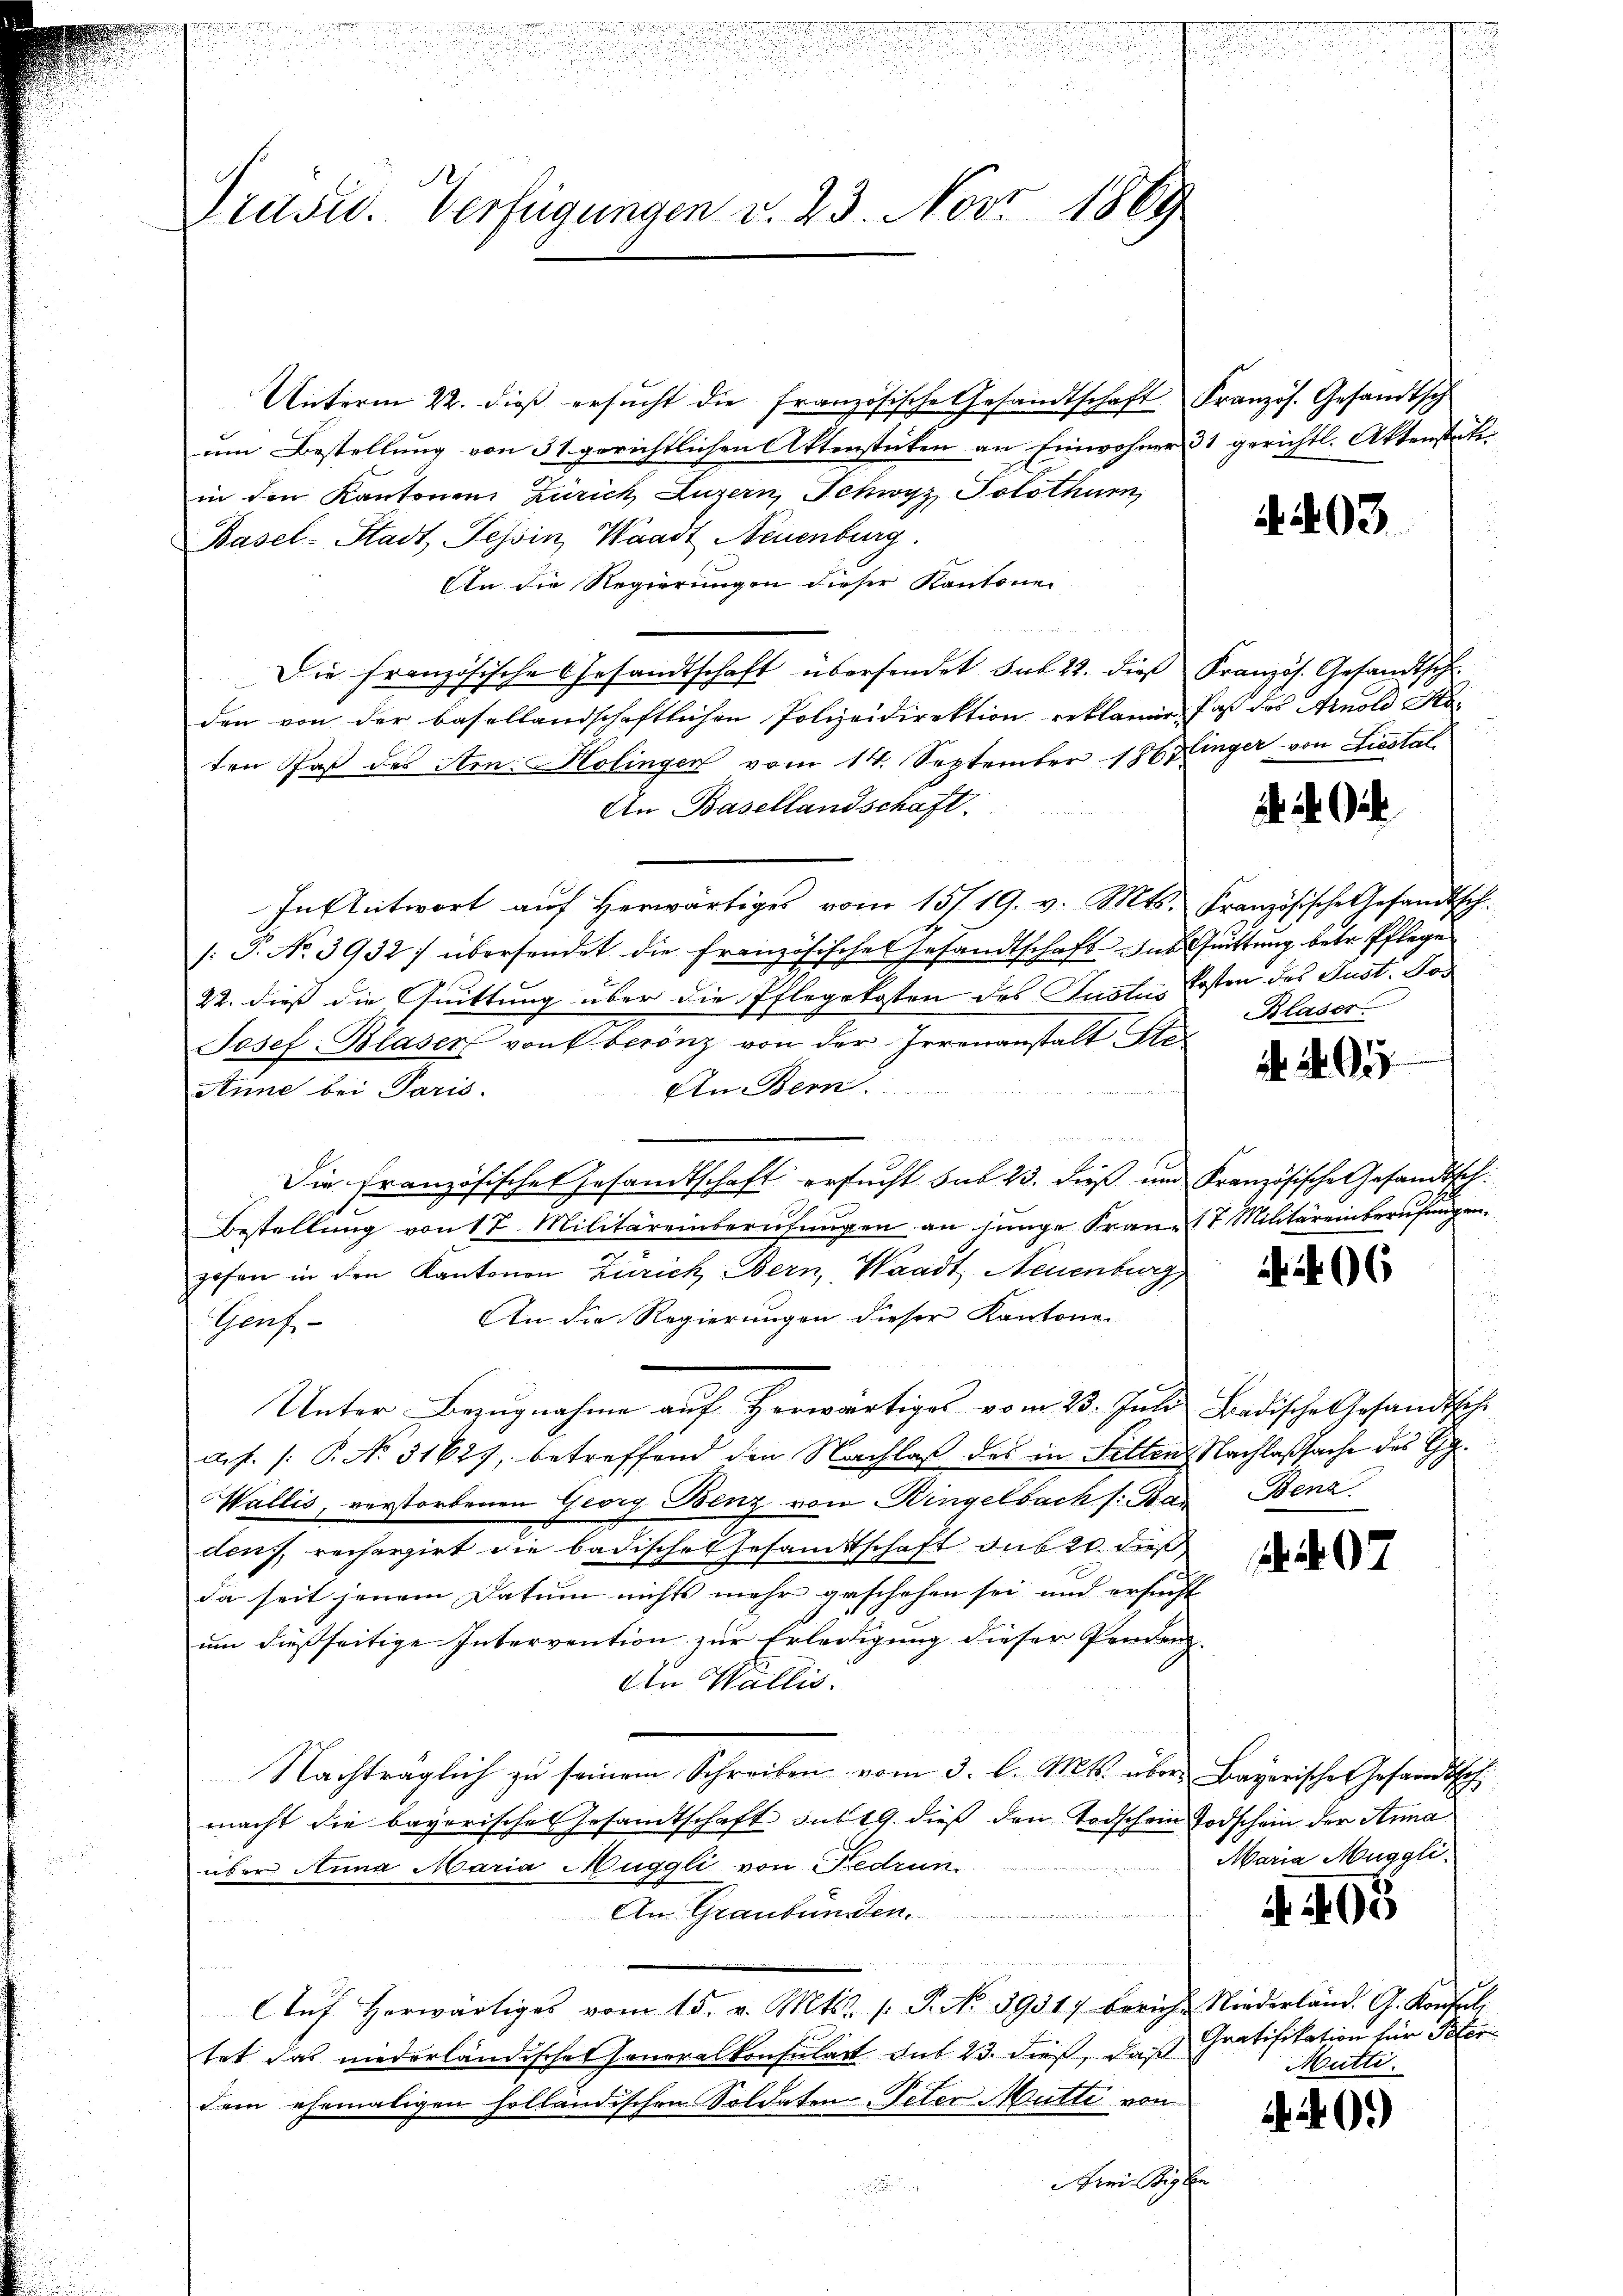
Präsid. Verfügungen v. 23. Nov. 1869

Unterm 22. dieß ersŭcht die französische Gesandtschaft Französ. Gesandtsch
um Bestellung von 31 gerichtlichen Aktenstücken an Einwohner 31 gerichtl. Aktenstätiin den Kantonen Zürich, Luzern, Schwyz Solothurn,
Basel-Stadt, Tessin, Waadt Neuenburg.
An die Regierungen dieser Kantone
Die französische Gesandtschaft übersendet sub 22. dies Französ. Gesandtsch
den von der basellandschaftlichen Polizeidirektion erklären, daß das Arnold Katen Paß des Am: Holingen vom 14. September 1867 finger von Liestal¬
An Basellandschaft:
In Antwort aŭf herwärtiges vom 15/19. v. Mts. Französische Gesandtsch
/: J. No. 3932) übersendet die Französisches Gesandtschaft aus Quittung betr. Pflege
22. dies die Quittung über die Pflegekosten des Justus Kosten des Just. Pos
Josef Blasers von berenz von der Irrenanstalt Ste¬
An Bern .........
Anne bei Paris.
n
Die Französische Gesandtschaft ersucht sub 23. dieß und Französische Gesandtsch.
Bestellung von 17. Militäreinberufungen an junge Franz 17 Militäreinberufungen
gofen in den Kantonen Zürich Bern, Waadt Neuenburg
An die Regierungen dieser Kantone
Genf
Unter Bezugnahme auf Horwärtiges vom 23. Juli, Badische Gesandtsche
a.f. /: P. No. 31627, betreffend den Nachlaß des in Sitten, Nachlaßsache des Gg
Wallis, verstorbenen Georg Benz von Bingelbach s. Bas Benz
den), recherzirt die badische Gesandtschaft sub 20. dieß
da seit jenem Datum nichts mehr geschehen sei und ersucht
um dießseitige Intervention zur Erledigung dieser Penden
An Wallis.
Nachträglich zu seinem Schreiben vom 3. l. Mts. über Bayerische Gesandtsch
macht die bayerisches Gesandtschaft du 19. dieß den Todschein Todschein der Anna
über Anna Maria Muggli von Fedrun
An Graubünden.
Aŭf herwärtiges vom 15. v. Mts. s. P. No 39517 berich. Niederländ. G. Konfel
tet das niederländischel sonoralkonsulart des 23. dieß, daß
dem ehemaligen holländischen Soldaten Peter Mutte von
Frei Kopfen

A 403.

i
Blaser

29

i

97

Maria Muggli.

a. 406

Gratifikation für Peter
Mutti.

409)